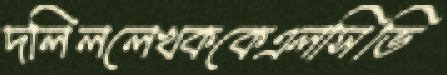
দলিললেখককেএলসিভি